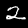
Digit: 2